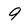
Character: 9